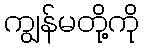
ကျွန်မတို့ကို